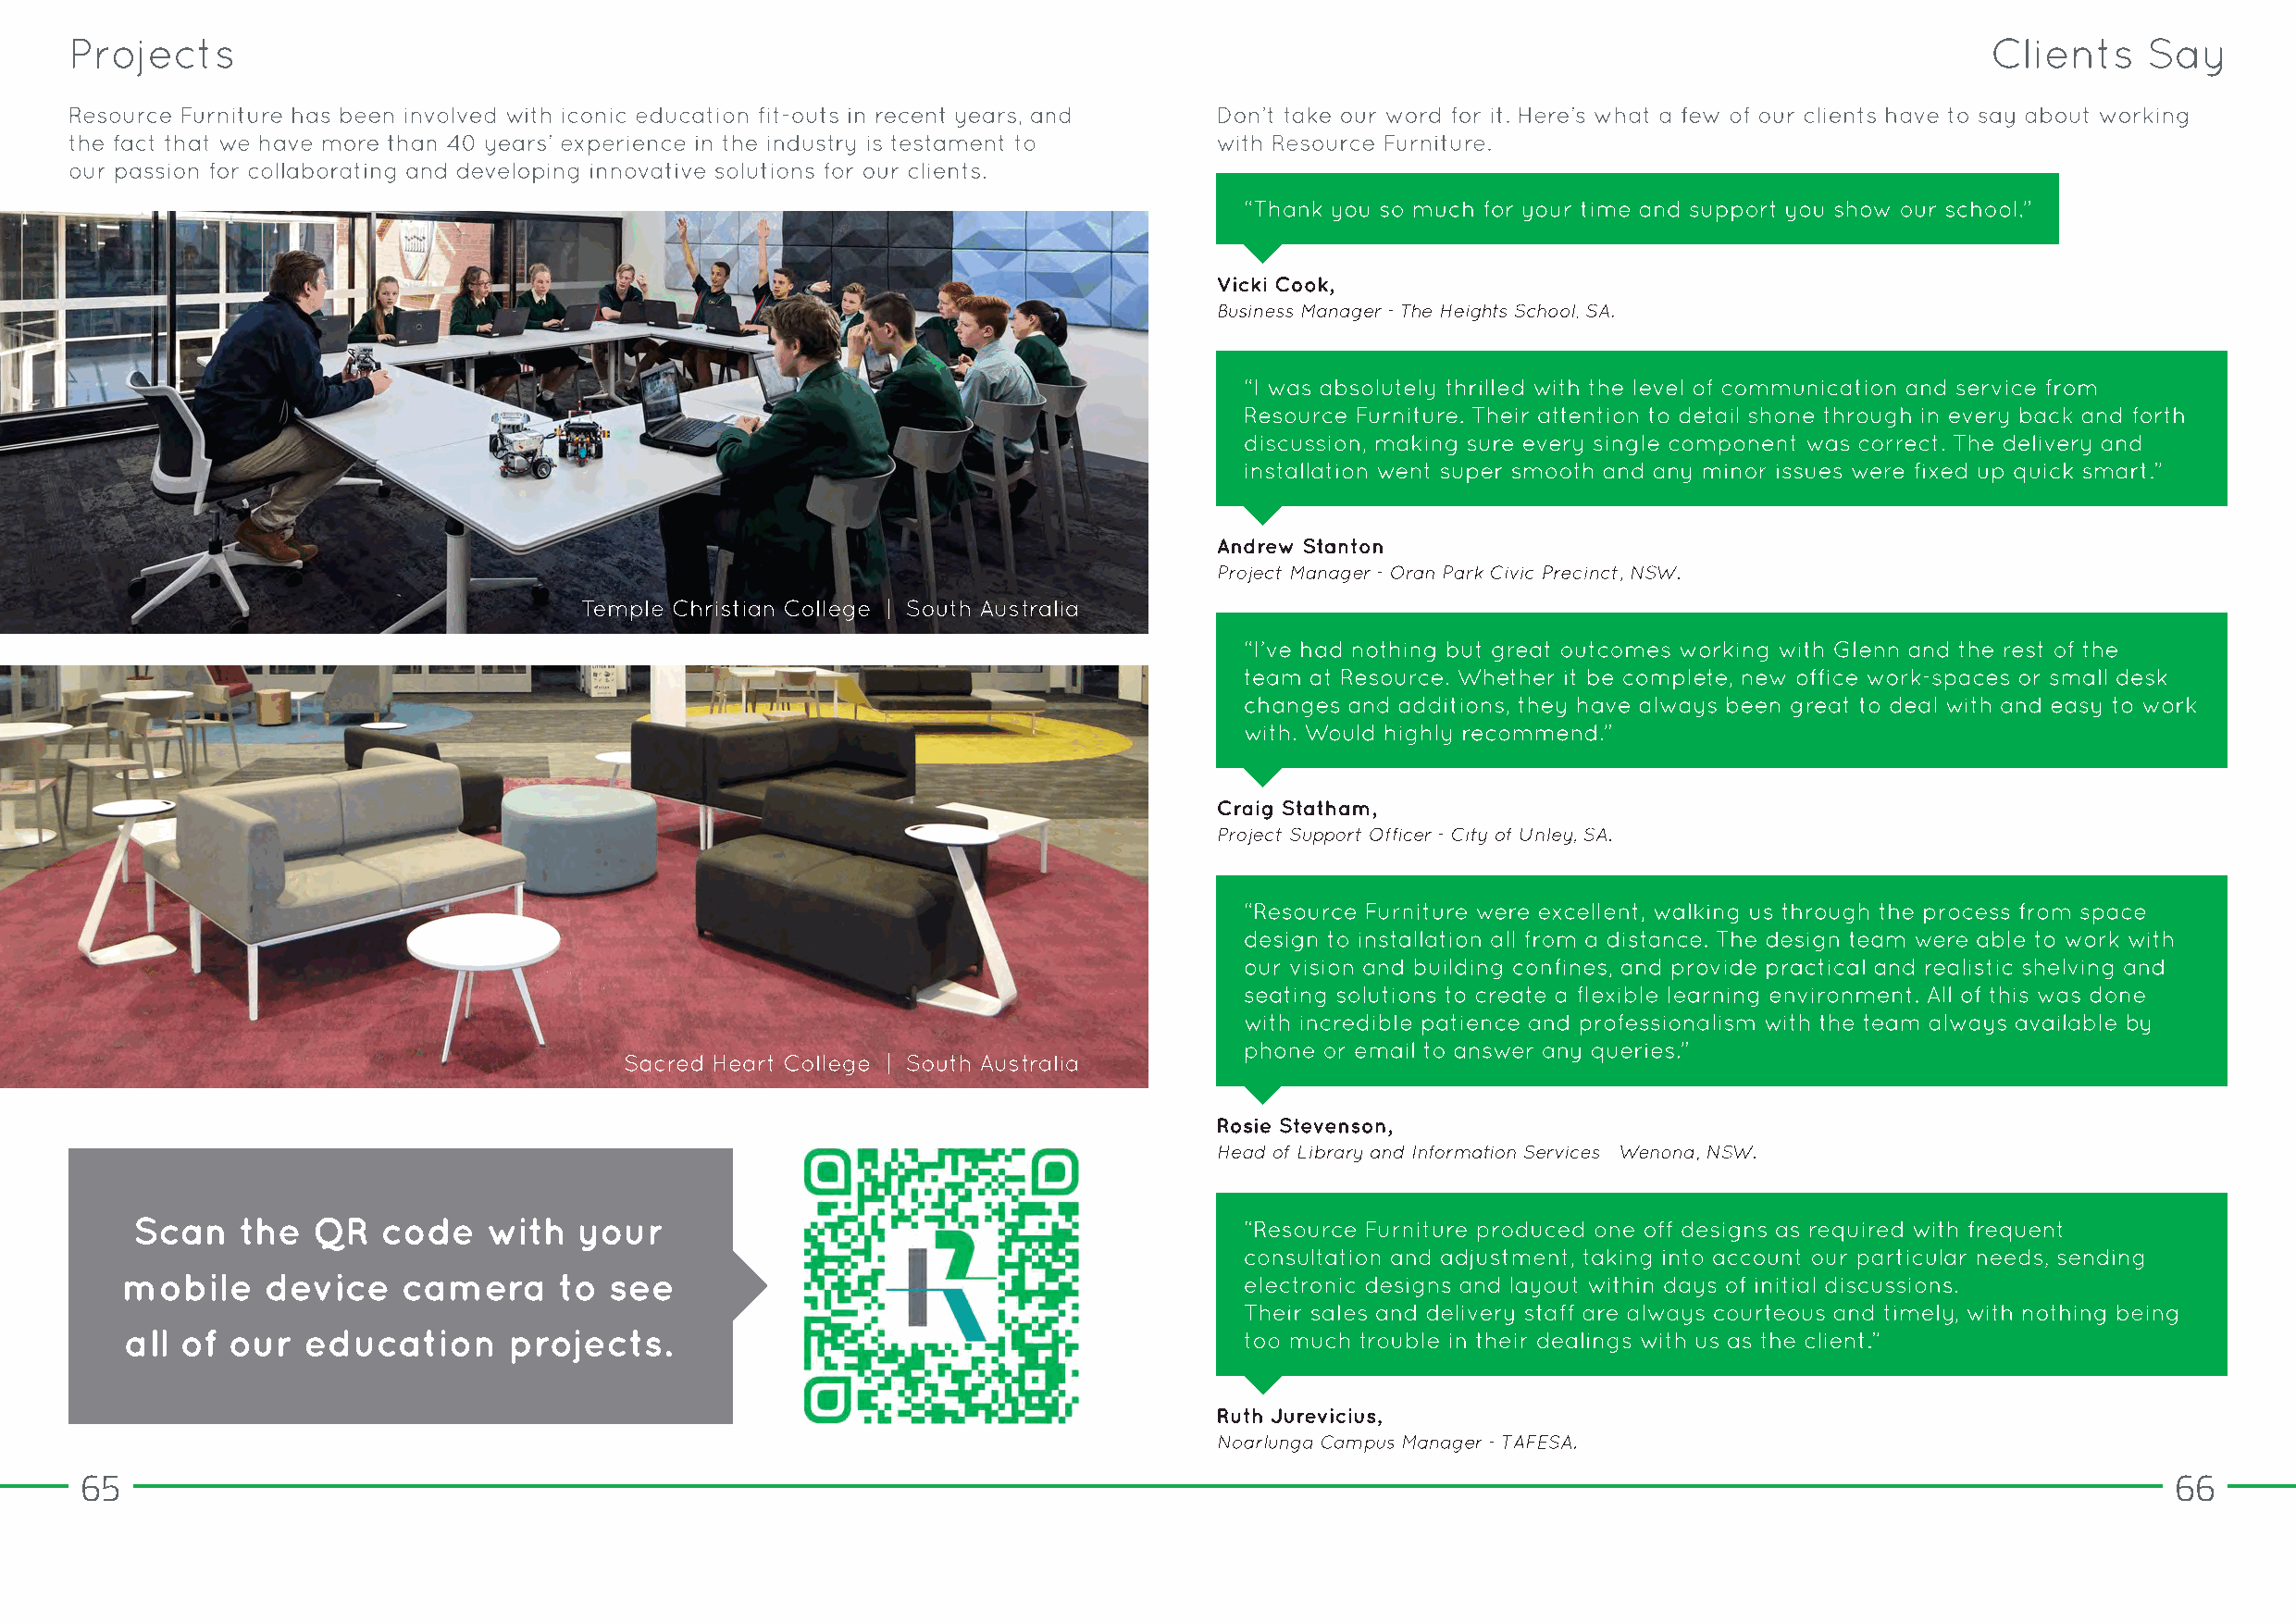
65                                                                                                                                                    66